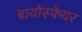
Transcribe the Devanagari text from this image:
बायोस्फेयर